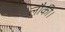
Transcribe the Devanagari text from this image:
लौकी।